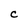
Character: C